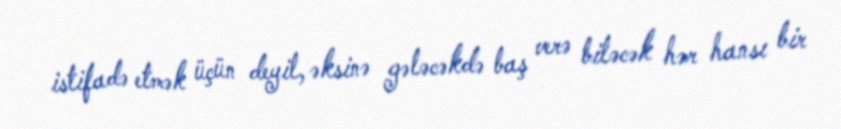
istifadə etmək üçün deyil, əksinə gələcəkdə baş verə biləcək hər hansı bir